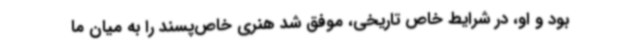
بود و او، در شرایط خاص تاریخی، موفق شد هنری خاص‌پسند را به میان ما